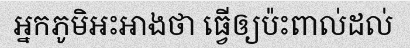
អ្នកភូមិអះអាងថា ធ្វើឲ្យប៉ះពាល់ដល់